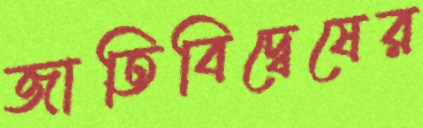
জাতিবিদ্বেষের